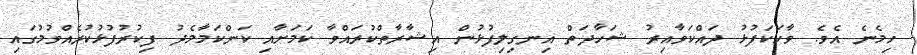
ހިމެނެ އެވެ. ވާހަކަފުޅު ދައްކަވާއިރު ޝަހާދަތް އިނގިލިފުޅުން އިޝާރާތްކުރައްވާ ކަމަށާއި ކަންކަމާމެދު ފިކުރުފުޅުކުރެއްވުމުގައި